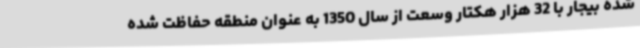
شده بیجار با 32 هزار هکتار وسعت از سال 1350 به عنوان منطقه حفاظت شده